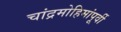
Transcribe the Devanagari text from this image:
चांद्रमोहिमांपूर्वी